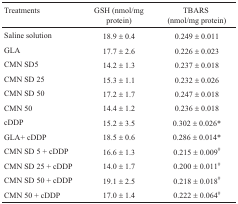
| Treatments | GSH (nmol/mg protein) | TBARS(nmol/mg protein) |
 | --- | --- | --- |
 | Saline solution | 18.9 ± 0.4 | 0.249 ± 0.011 |
 | GLA | 17.7 ± 2.6 | 0.226 ± 0.023 |
 | CMN SD 5 | 14.2 ± 1.3 | 0.237 ± 0.018 |
 | CMN SD 25 | 15.3 ± 1.1 | 0.232 ± 0.026 |
 | CMN SD 50 | 17.2 ± 1.7 | 0.247 ± 0.018 |
 | CMN 50 | 14.4 ± 1.2 | 0.236 ± 0.018 |
 | cDDP | 15.2 ± 3.5 | 0.302 ± 0.026* |
 | GLA + cDDP | 18.5 ± 0.6 | 0.286 ± 0.014* |
 | CMN SD 5 + cDDP | 16.6 ± 1.3 | 0.215 ± 0.009# |
 | CMN SD 25 + cDDP | 14.0 ± 1.7 | 0.200 ± 0.011# |
 | CMN SD 50 + cDDP | 19.1 ± 2.5*# | 0.218 ± 0.018# |
 | CMN 50 + cDDP | 17.0 ± 1.4 | 0.222 ± 0.064# |